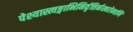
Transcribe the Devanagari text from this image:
पेश्यास्त्वङ्गाभिनिर्वृत्तिर्नखरोमाणि